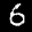
Label: 6